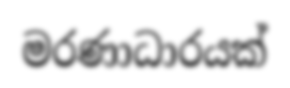
මරණාධාරයක්